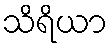
သိရိယာ